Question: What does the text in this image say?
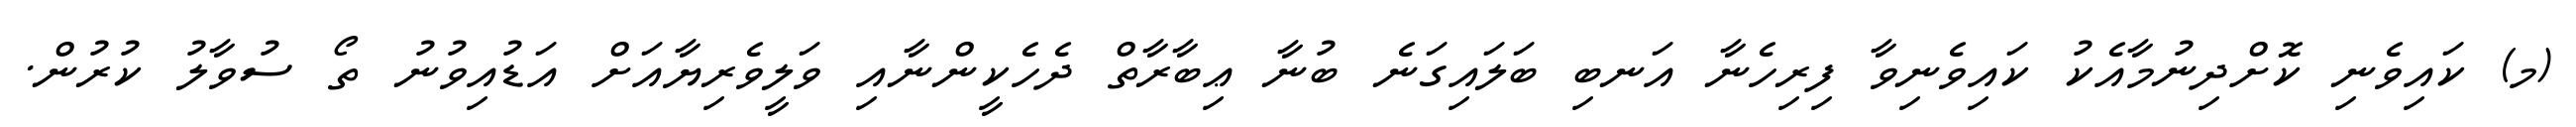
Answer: (މ) ކައިވެނި ކޮށްދިނުމާއެކު ކައިވެނިވާ ފިރިހެނާ އަނބި ބަލައިގަނެ ބުނާ ޢިބާރާތް ދެހެކީންނާއި ވަލީވެރިޔާއަށް އަޑުއިވުނު ތޯ ސުވާލު ކުރުން.